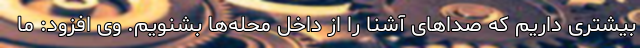
بیشتری داریم که صداهای آشنا را از داخل محله‌ها بشنویم. وی افزود: ما